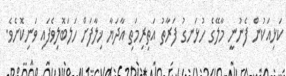
ކަޅިއަކުން ފެނުނީ މާލޭގެ ހުޅަނގު ފަރާތު އަތިރިމަތި އާދަޔާ ޚިލާފަށް ހަލަބޮލިވެފައި ވަނިކޮށެވެ.